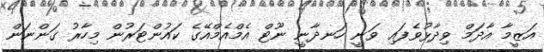
އަޒީމާ އާދަމް ވިދާޅުވެފައި ވަނީ ހަނދާނީ ނޫޓް އެމްއެމްއޭގެ ކައުންޓަރުން މިހާރު ގަންނަން